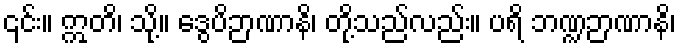
၎င်း။ ဣတိ၊ သို့။ ဒွေပိဉာဏာနိ၊ တို့သည်လည်း။ ပရိ ဘဏ္ဍဉာဏာနိ၊